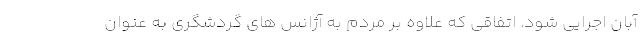
آبان اجرایی شود. اتفاقی که علاوه بر مردم به آژانس های گردشگری به عنوان